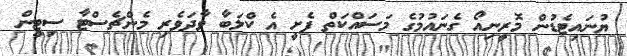
ޔުނައިޓެޑުން މޮރީނިއޯ ގެނައުމުގެ މަސައްކަތް ފެށީ އެ ކްލަބާ ވާދަވެރި މެންޗެސްޓާ ސިޓީން